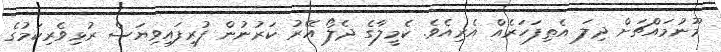
މޫނުމައްޗަށް ދިލަ އެތިފަހަރެއް އެރިއެވެ. ކެމީލާގެ ދެލޯ އޭރު ކަރުނުން ފުރިފައިވިޔަސް ރުޅިވެރިކަމުގެ